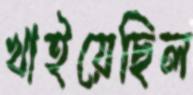
খাইয়েছিল